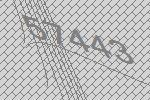
57443